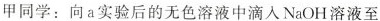
甲同学：向a实验后的无色溶液中滴入NaOH溶液至